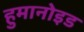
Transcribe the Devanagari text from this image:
हुमानोइड